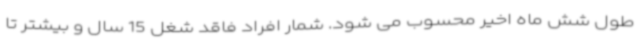
طول شش ماه اخیر محسوب می شود. شمار افراد فاقد شغل 15 سال و بیشتر تا